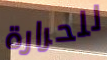
للحرارة